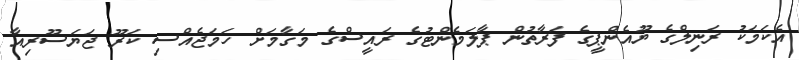
އެކަމަކު ރަނިލްގެ ޔޫއެންޕީގެ ފަރާތުން ޕާލަމެންޓުގެ ރައީސްގެ މަގާމަށް ހަމަޖެއްސި ކަރޫ ޖަޔަސޫރިއާ